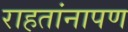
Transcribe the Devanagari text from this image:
राहतांनापण